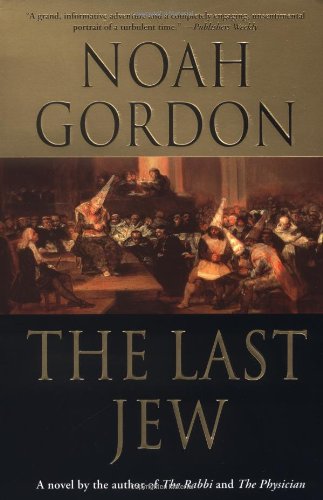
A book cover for The Last Jew; Noah Gordon; Literature & Fiction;